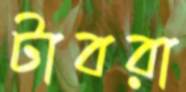
টাবরা